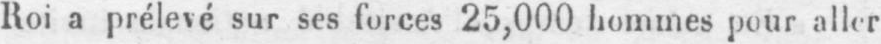
Roi a prélevé sur ses forces 25,000 hommes pour aller